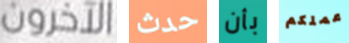
الآخرون حدث بأن عملكم